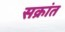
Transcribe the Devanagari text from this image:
सक्रांत